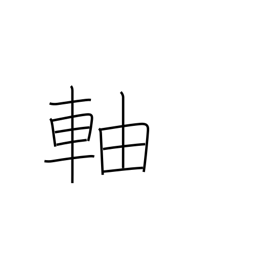
Meaning: stem